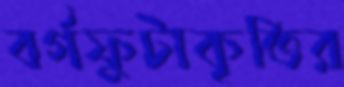
বর্গফুটাকৃতির